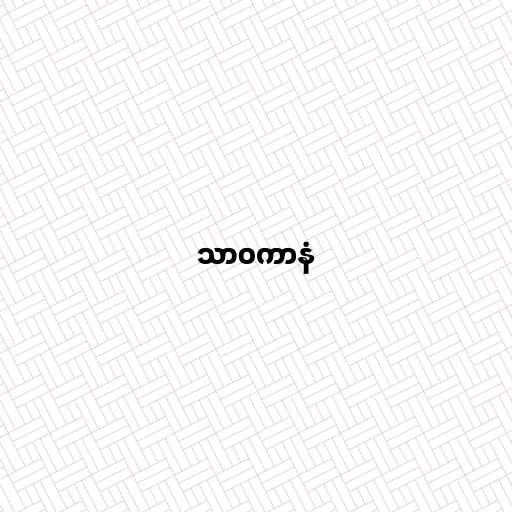
သာဝကာနံ